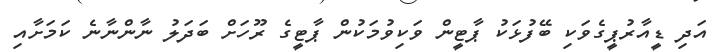
އަދި ޑީއާރުޕީގެވަކި ބޭފުޅަކު ޕާޓީން ވަކިވުމަކުން ޕާޓީގެ ރޫހަށް ބަދަލު ނާންނާނެ ކަމަށާއި